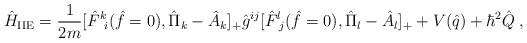
LaTeX: \begin{align*}\hat{H}_{\rm IIE}=\frac{1}{2m}[\hat{F}^k\!_i(\hat{f}=0),\hat{\Pi}_k-\hat{A}_k]_{+}\hat{g}^{ij}[\hat{F}^l\!_j(\hat{f}=0),\hat{\Pi}_l-\hat{A}_l]_{+}+V(\hat{q})+{\hbar}^2\hat{Q}\;,\end{align*}